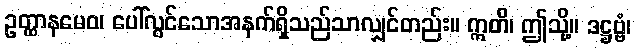
ဥတ္ထာနမေဝ၊ ပေါ်လွင်သောအနက်ရှိသည်သာလျှင်တည်း။ ဣတိ၊ ဤသို့။ ဒဋ္ဌဗ္ဗံ၊